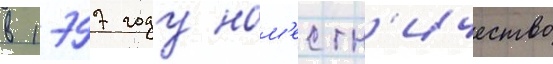
в 1797 году нам'естн'ичество